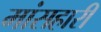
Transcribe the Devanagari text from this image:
मांसहारी